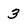
Character: 3